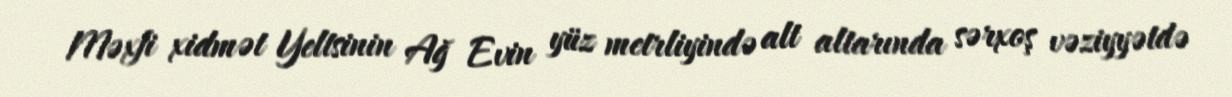
Məxfi xidmət Yeltsinin Ağ Evin yüz metrliyində alt altarında sərxoş vəziyyətdə